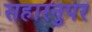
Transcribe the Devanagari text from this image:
सहारनुपर